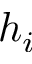
h _ { i }